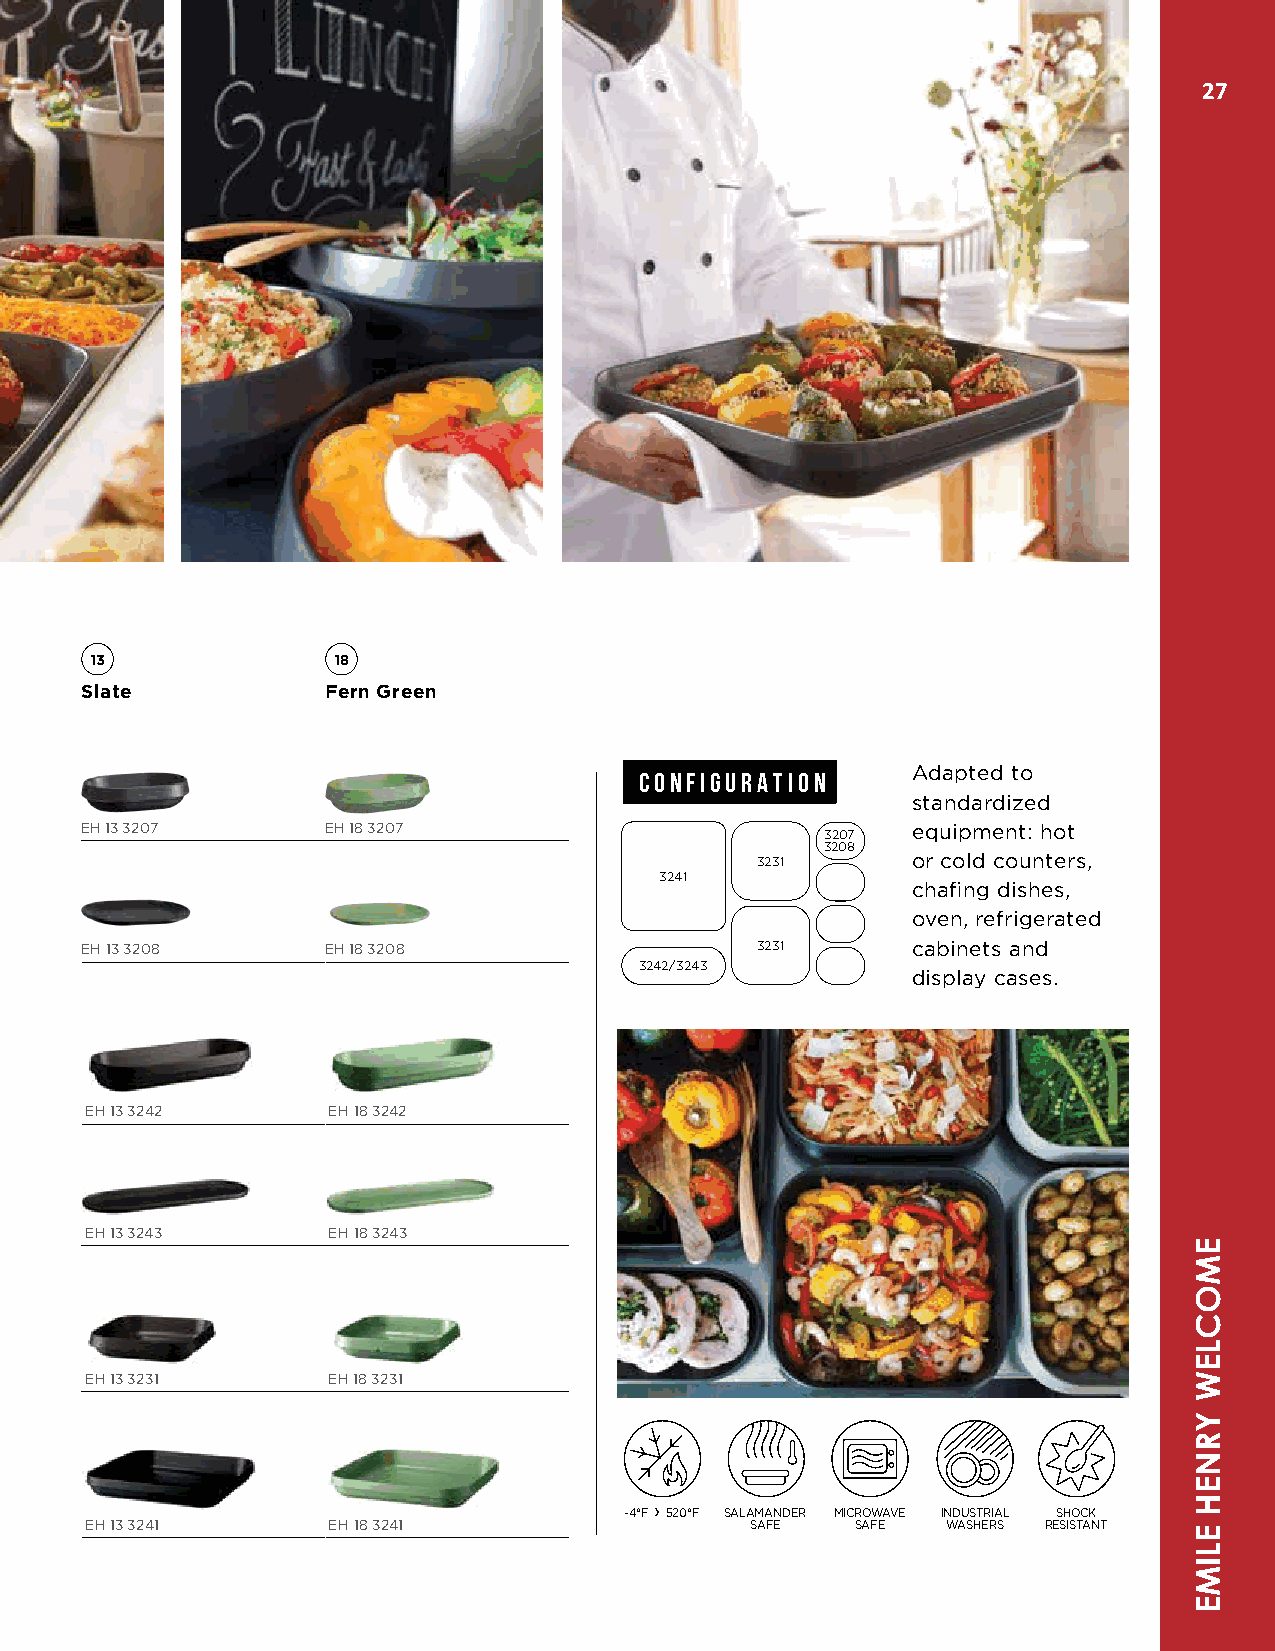
27
 13              18
 Slate            Fern Green
 CONFIGURATION     Adapted to
 standardized
 EH 13 3207       EH 18 3207                       3207 equipment: hot
 3208
 3231      or cold counters,
 3241
 chafing dishes,
 oven, refrigerated
 EH 13 3208       EH 18 3208                  3231      cabinets and
 3242/3243
 display cases.
 EH 13 3242      EH 18 3242
 EH 13 3243      EH 18 3243
 EH 13 3231      EH 18 3231
 -4°F › 520°F SALAMANDER MICROWAVE INDUSTRIAL SHOCK
 EH 13 3241      EH 18 3241                  SAFE   SAFE  WASHERS RESISTANT
 EMOCLEW
 YRNEH
 ELIME